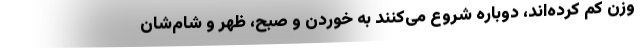
وزن کم کرده‌اند، دوباره شروع می‌کنند به خوردن و صبح، ظهر و شام‌شان